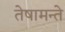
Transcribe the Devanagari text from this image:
तेषामन्ते